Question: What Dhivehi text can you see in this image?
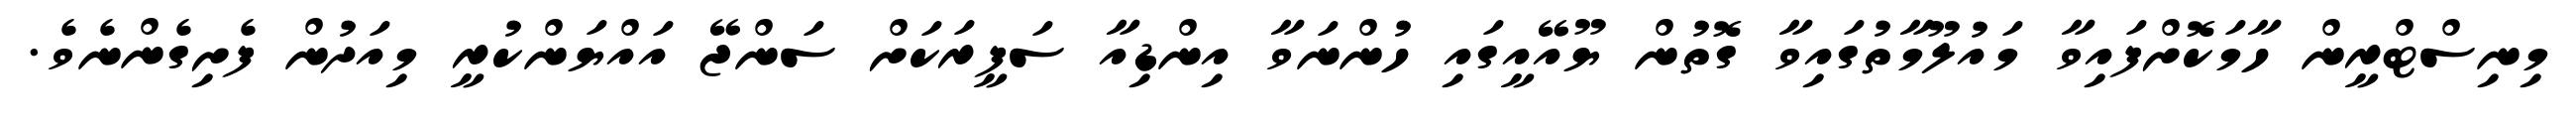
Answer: މިނިސްޓްރީން ހާމަކޮށްފައިވާ މައުލޫމާތުގައިވާ ގޮތުން ޔޫއޭއީގައި ހުންނަވާ އިންޑިއާ ސަފީރަކަށް ސަންޖޭ އައްޔަންކުރީ މިއަދުން ފެށިގެންނެވެ.